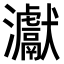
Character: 𤅊